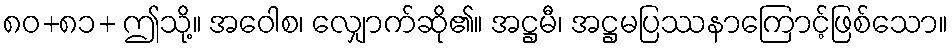
၈၀+၈၁+ ဤသို့။ အဝေါစ၊ လျှောက်ဆို၏။ အဋ္ဌမီ၊ အဋ္ဌမပြဿနာကြောင့်ဖြစ်သော။